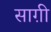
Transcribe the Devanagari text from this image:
साग़ी